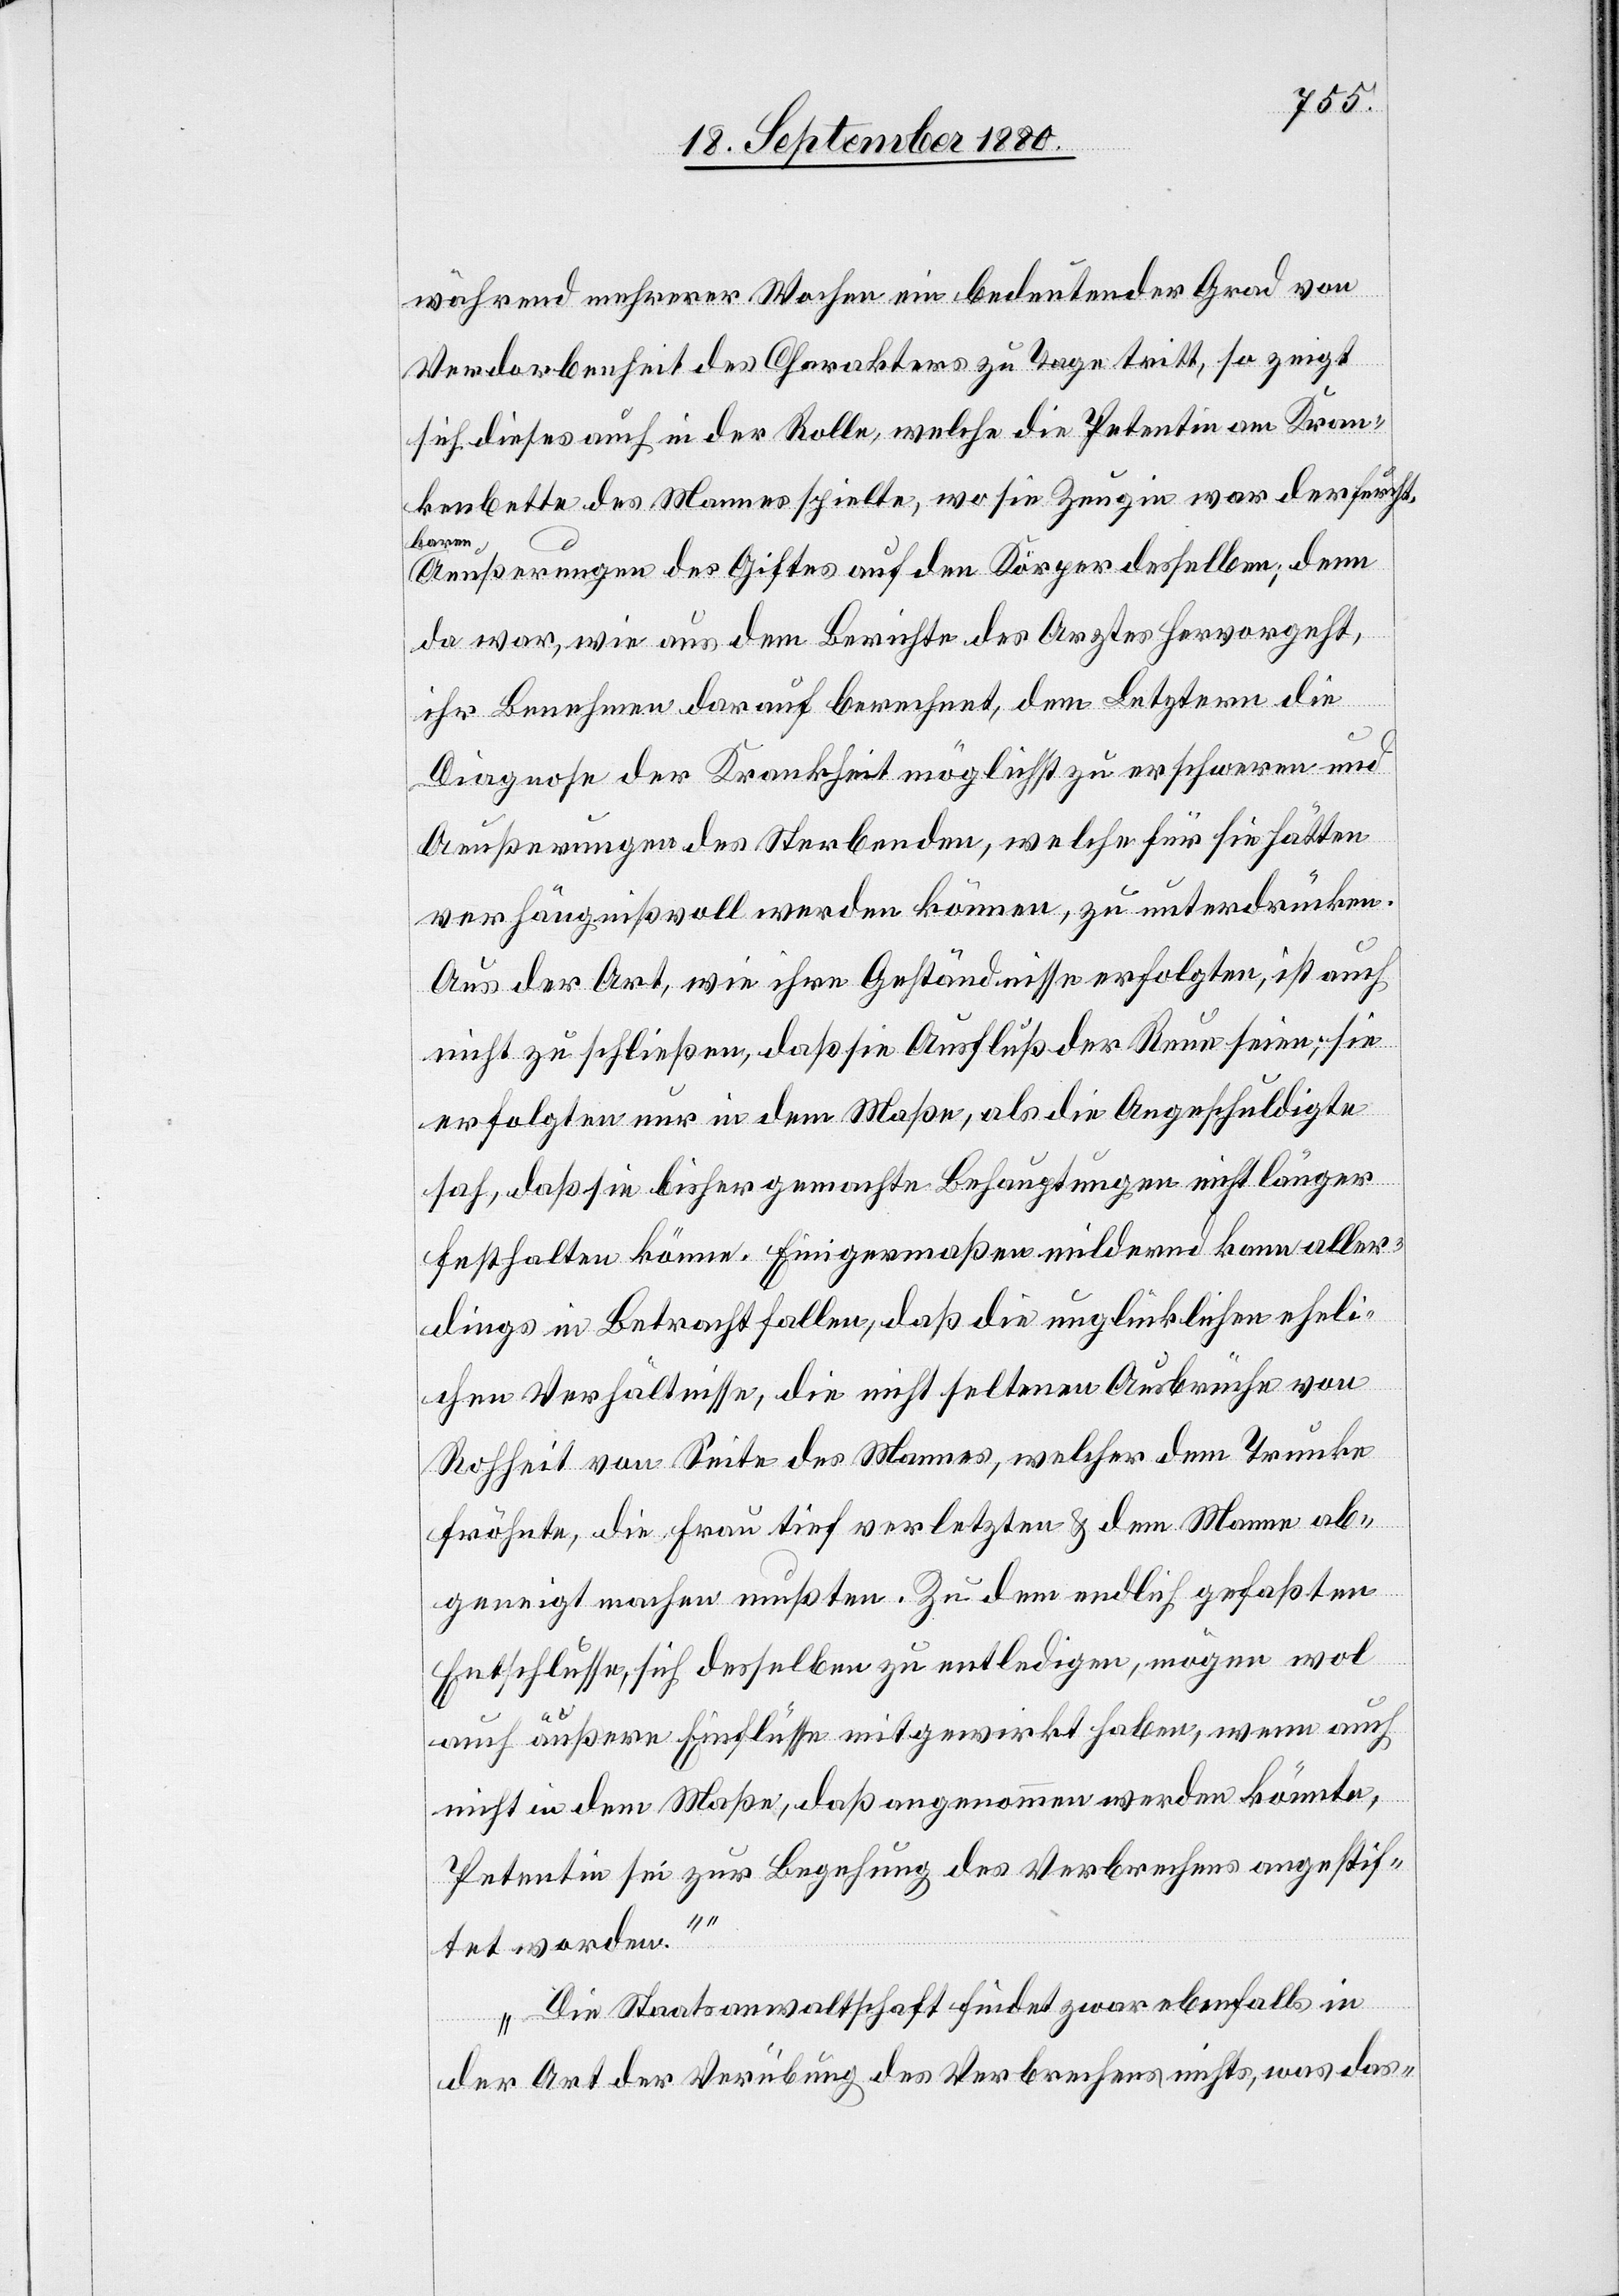
während mehrerer Wochen ein bedeutender Grad von
Verdorbenheit des Charakters zu Tage tritt, so zeigt
sich dieses auf in der Rolle, welche die Petentin am Kran¬
kenbette des Mannes spielte, wo sie Zeugin war der furcht¬
baren
Aueßerungen des Giftes auf den Körper desselben, denn
da war, wie aus dem Berichte des Arztes hervorgeht,
ihr Benehmen darauf berechnet, dem Letztern die
Diagnose der Krankheit möglichst zu erschweren und
Aeußerungen des Sterbenden, welche für sie hätten
verhängnisvoll werden können zu unterdrücken.
Aus der Art, wie ihre Geständnisse erfolgten, ist auch
nicht zu schließen, daß sie Ausfluß der Reue seien; sie
erfolgten nur in dem Maße, als die Angeschuldigte
sah, daß sie bisher gemachte Behauptungen nicht länger
festhalten könne. Einigermaßen mildernd kann aller¬
dings in Betracht fallen, daß die unglücklichen eheli¬
chen Verhältnisse, die nicht seltenen Ausbrüche von
Rohheit von Seite des Mannes, welcher dem Trunke
fröhnte, die Frau tief verletzten & dem Mann ab¬
geneigt machen mußten. Zu dem endlich gefaßten
Entschlusse, sich desselben zu entledigen, mögen wol
auch äußere Einflüsse mitgewirkt haben, wenn auch
nicht in dem Maße, daß angenommen werden könnte,
Petentin sei zur Begehung des Verbrechens angestif¬
tet worden.
Die Staatsanwaltschaft findet zwar ebenfalls in
der Art der Verübung des Verbrechens nicht, was das-